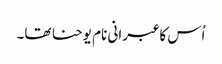
اُس کا عبرانی نام یوحنا تھا۔